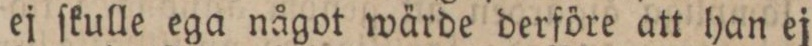
ej ſkulle ega något wärde derföre att han ej